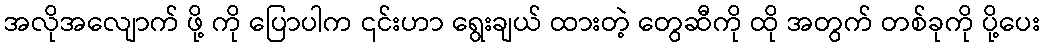
အလိုအလျောက် ဖို့ ကို ပြောပါက ၎င်းဟာ ရွေးချယ် ထားတဲ့ တွေဆီကို ထို အတွက် တစ်ခုကို ပို့ပေး